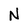
Character: N